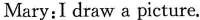
Mary:I draw a picture.